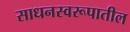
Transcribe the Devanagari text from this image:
साधनस्वरूपातील